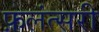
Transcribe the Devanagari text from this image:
फ़लंत्सरी